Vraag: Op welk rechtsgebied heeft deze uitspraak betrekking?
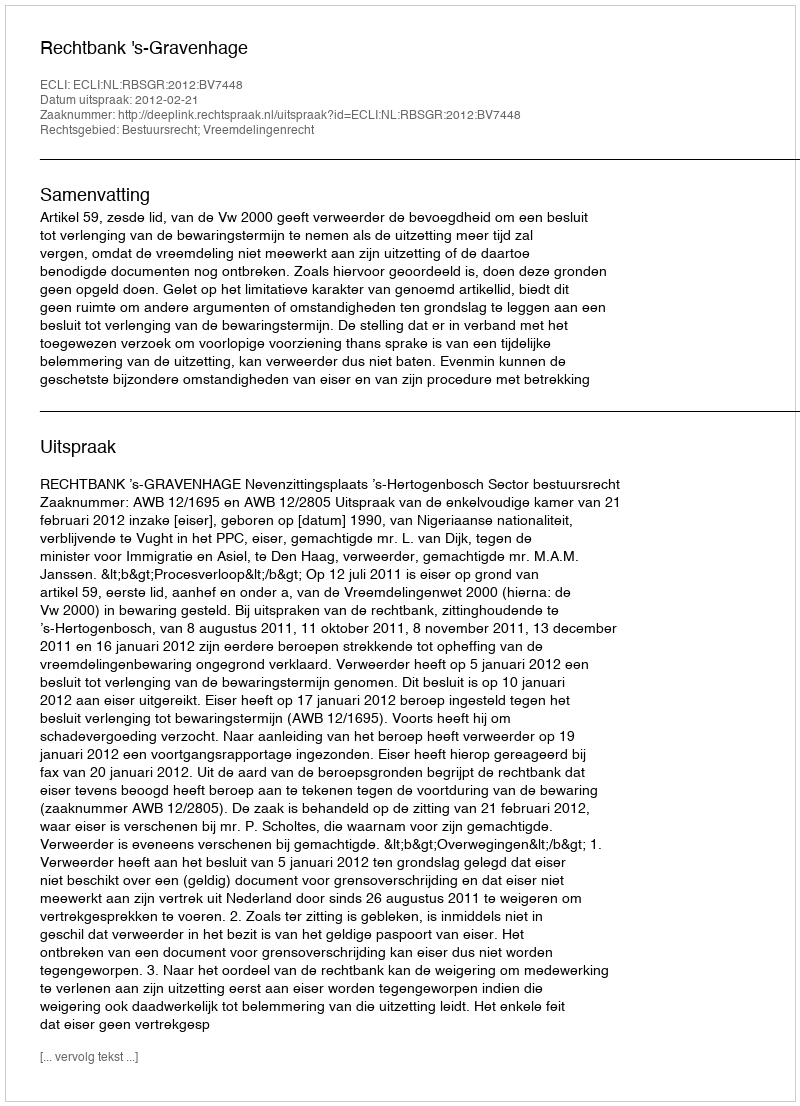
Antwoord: Bestuursrecht; Vreemdelingenrecht